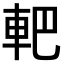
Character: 𨊹